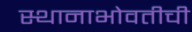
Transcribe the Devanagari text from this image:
स्थानाभोवतीची